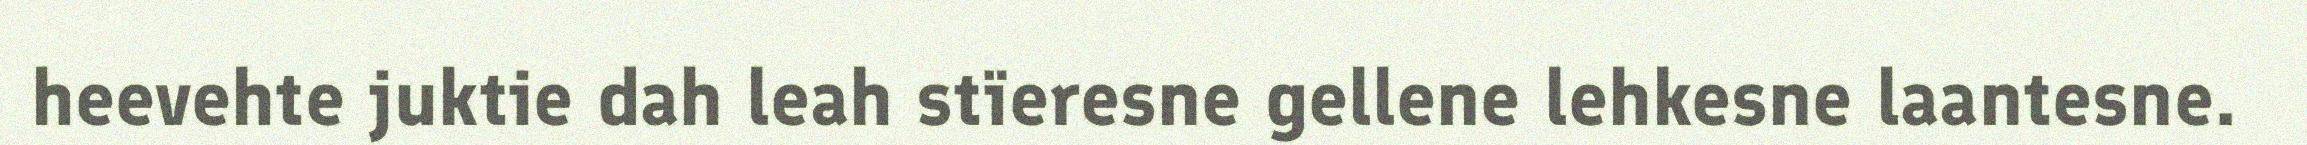
heevehte juktie dah leah stïeresne gellene lehkesne laantesne.